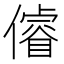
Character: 𠏻